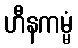
ဟီနကမ္မံ